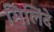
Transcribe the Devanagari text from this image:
मिलिंदे